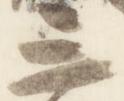
三